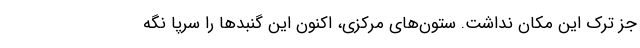
جز ترک این مکان نداشت. ستون‌های مرکزی، اکنون این گنبد‌ها را سرپا نگه